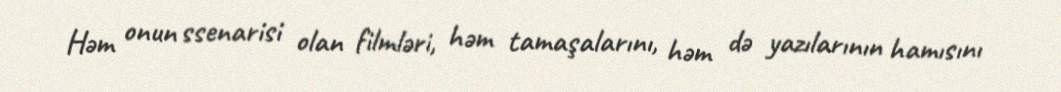
Həm onun ssenarisi olan filmləri, həm tamaşalarını, həm də yazılarının hamısını